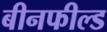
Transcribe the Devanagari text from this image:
बीनफील्ड